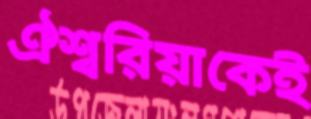
ঐশ্বরিয়াকেই